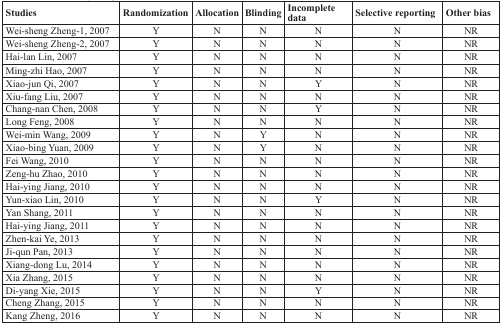
<table><thead><tr><td><b>Studies</b></td><td><b>Randomization</b></td><td><b>Allocation</b></td><td><b>Blinding</b></td><td><b>Incomplete data</b></td><td><b>Selective reporting</b></td><td><b>Other bias</b></td></tr></thead><tbody><tr><td>Wei-sheng Zheng-1, 2007</td><td>Y</td><td>N</td><td>N</td><td>N</td><td>N</td><td>NR</td></tr><tr><td>Wei-sheng Zheng-2, 2007</td><td>Y</td><td>N</td><td>N</td><td>N</td><td>N</td><td>NR</td></tr><tr><td>Hai-lan Lin, 2007</td><td>Y</td><td>N</td><td>N</td><td>N</td><td>N</td><td>NR</td></tr><tr><td>Ming-zhi Hao, 2007</td><td>Y</td><td>N</td><td>N</td><td>N</td><td>N</td><td>NR</td></tr><tr><td>Xiao-jun Qi, 2007</td><td>Y</td><td>N</td><td>N</td><td>Y</td><td>N</td><td>NR</td></tr><tr><td>Xiu-fang Liu, 2007</td><td>Y</td><td>N</td><td>N</td><td>N</td><td>N</td><td>NR</td></tr><tr><td>Chang-nan Chen, 2008</td><td>Y</td><td>N</td><td>N</td><td>Y</td><td>N</td><td>NR</td></tr><tr><td>Long Feng, 2008</td><td>Y</td><td>N</td><td>N</td><td>N</td><td>N</td><td>NR</td></tr><tr><td>Wei-min Wang, 2009</td><td>Y</td><td>N</td><td>Y</td><td>N</td><td>N</td><td>NR</td></tr><tr><td>Xiao-bing Yuan, 2009</td><td>Y</td><td>N</td><td>Y</td><td>N</td><td>N</td><td>NR</td></tr><tr><td>Fei Wang, 2010</td><td>Y</td><td>N</td><td>N</td><td>N</td><td>N</td><td>NR</td></tr><tr><td>Zeng-hu Zhao, 2010</td><td>Y</td><td>N</td><td>N</td><td>N</td><td>N</td><td>NR</td></tr><tr><td>Hai-ying Jiang, 2010</td><td>Y</td><td>N</td><td>N</td><td>N</td><td>N</td><td>NR</td></tr><tr><td>Yun-xiao Lin, 2010</td><td>Y</td><td>N</td><td>N</td><td>Y</td><td>N</td><td>NR</td></tr><tr><td>Yan Shang, 2011</td><td>Y</td><td>N</td><td>N</td><td>N</td><td>N</td><td>NR</td></tr><tr><td>Hai-ying Jiang, 2011</td><td>Y</td><td>N</td><td>N</td><td>N</td><td>N</td><td>NR</td></tr><tr><td>Zhen-kai Ye, 2013</td><td>Y</td><td>N</td><td>N</td><td>N</td><td>N</td><td>NR</td></tr><tr><td>Ji-qun Pan, 2013</td><td>Y</td><td>N</td><td>N</td><td>N</td><td>N</td><td>NR</td></tr><tr><td>Xiang-dong Lu, 2014</td><td>Y</td><td>N</td><td>N</td><td>N</td><td>N</td><td>NR</td></tr><tr><td>Xia Zhang, 2015</td><td>Y</td><td>N</td><td>N</td><td>N</td><td>N</td><td>NR</td></tr><tr><td>Di-yang Xie, 2015</td><td>Y</td><td>N</td><td>N</td><td>Y</td><td>N</td><td>NR</td></tr><tr><td>Cheng Zhang, 2015</td><td>Y</td><td>N</td><td>N</td><td>N</td><td>N</td><td>NR</td></tr><tr><td>Kang Zheng, 2016</td><td>Y</td><td>N</td><td>N</td><td>N</td><td>N</td><td>NR</td></tr></tbody></table>